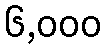
၆,၀၀၀